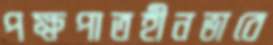
পক্ষপাতহীনভাবে